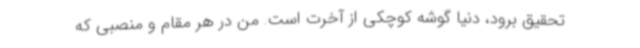
تحقیق برود، دنیا گوشه کوچکی از آخرت است. من در هر مقام و منصبی که